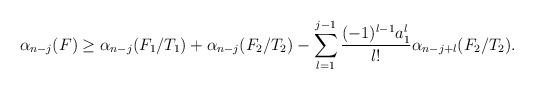
LaTeX: \begin{align*} \alpha_{n-j}(F) \geq \alpha_{n-j}(F_1/T_1) + \alpha_{n-j}(F_2/T_2) - \sum_{l=1}^{j-1} \frac{(-1)^{l-1}a_1^l}{l!}\alpha_{n-j+l}(F_2/T_2).\end{align*}